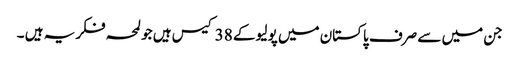
جن میں سے صرف پاکستان میں پولیو کے 38 کیس ہیں جو لمحہ فکریہ ہیں ۔